Civil Veterinary Department. Madras. Admin. report 1926-33 - 1926-1933
Year: 1926
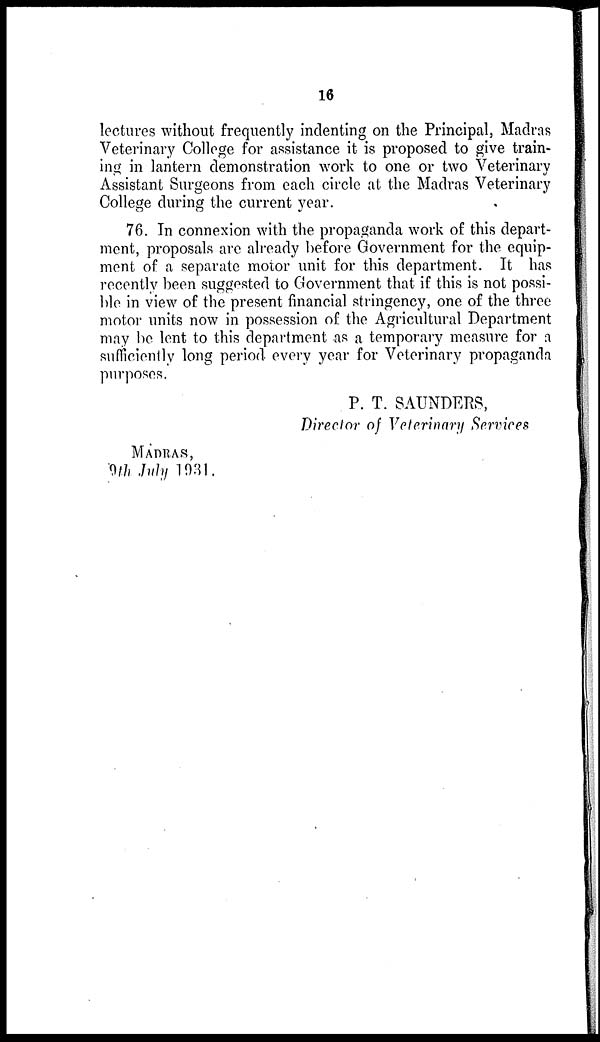
16
lectures without frequently indenting on the Principal, Madras
Veterinary College for assistance it is proposed to give train-
ing in lantern demonstration work to one or two Veterinary
Assistant Surgeons from each circle at the Madras Veterinary
College during the current year.
76. In connexion with the propaganda work of this depart-
ment, proposals are already before Government for the equip-
ment of a separate motor unit for this department. It has
recently been suggested to Government that if this is not possi-
ble in view of the present financial stringency, one of the three
motor units now in possession of the Agricultural Department
may be lent to this department as a temporary measure for a
sufficiently long period every year for Veterinary propaganda
purposes.
P. T. SAUNDERS,
Director of Veterinary Services
MADRAS,
9th July 1931.